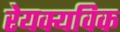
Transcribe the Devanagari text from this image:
रेयक्यविक